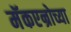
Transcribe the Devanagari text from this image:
मॅकएन्रोच्या